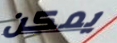
يمكن